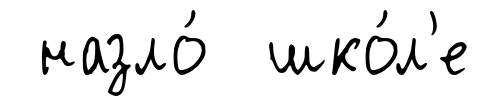
назло́ шко́л'е